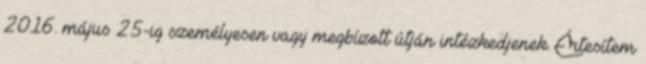
2016. május 25-ig személyesen vagy megbízott útján intézkedjenek. Értesítem